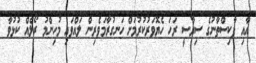
އާއި ޕާކިސްތާނުގެ ސިޔާސީ ރަހަ ހެޔޮވަރުކުރުމަށް ހަނގުރާމަވެރިން ލައްވައި މުހިންމު ރޯލެއް ކުޅުވާ